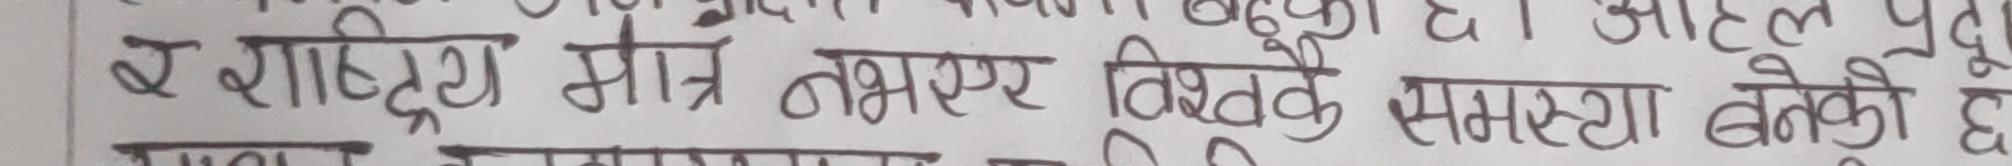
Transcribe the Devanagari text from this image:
र राष्ट्र मात्र नभएर विश्वकै समस्या बनेको छ ।